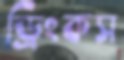
ড্রিংকস